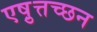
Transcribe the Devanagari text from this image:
एष़ुत्तच्छन